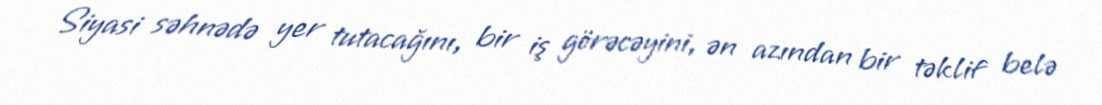
Siyasi səhnədə yer tutacağını, bir iş görəcəyini, ən azından bir təklif belə